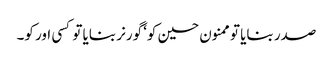
صدر بنایا تو ممنون حسین کو‘ گورنر بنایا تو کسی اور کو۔